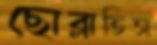
ছোব্‌লাতিস